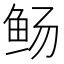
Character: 𫚊